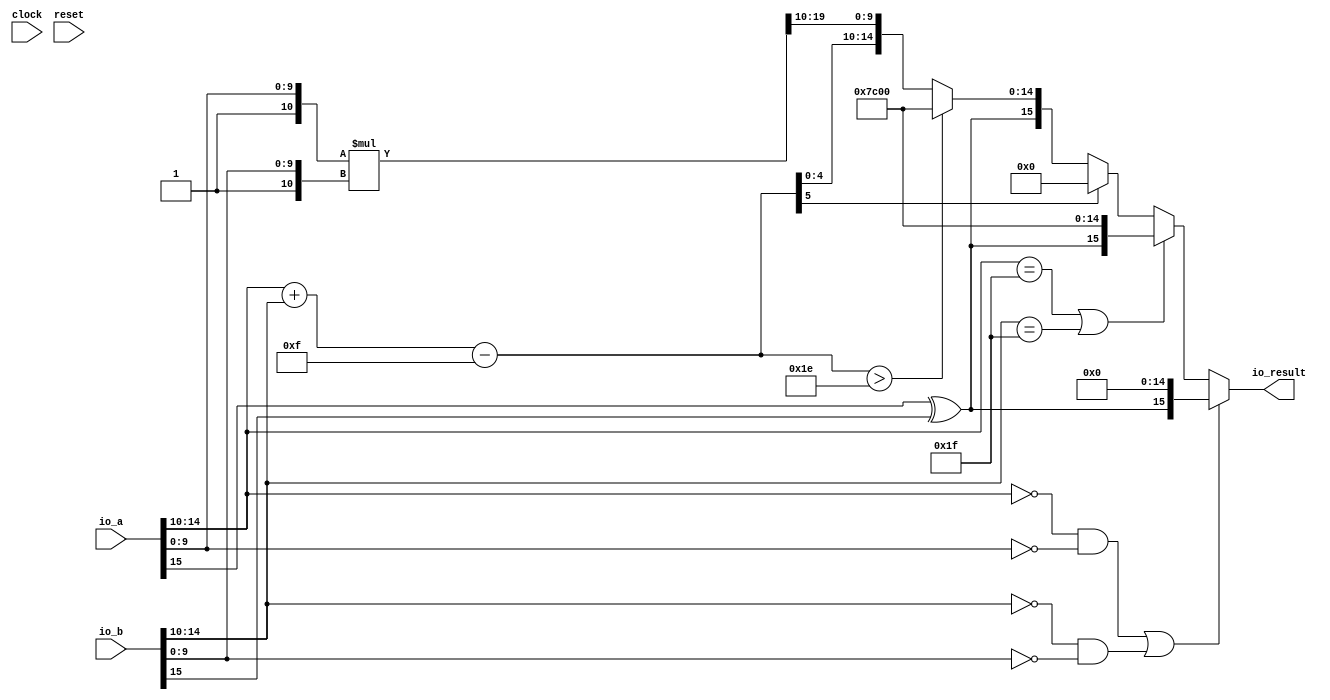
// This program was cloned from: https://github.com/wilfredkisku/CHISEL3-PROJECTS
// License: The Unlicense

module FP16Multiplier(
  input         clock,
  input         reset,
  input  [15:0] io_a,
  input  [15:0] io_b,
  output [15:0] io_result
);
  wire  signA = io_a[15]; // @[FloatingPointMultiply.scala 13:18]
  wire [4:0] expA = io_a[14:10]; // @[FloatingPointMultiply.scala 14:22]
  wire [10:0] sigA = {1'h1,io_a[9:0]}; // @[Cat.scala 33:92]
  wire  signB = io_b[15]; // @[FloatingPointMultiply.scala 13:18]
  wire [4:0] expB = io_b[14:10]; // @[FloatingPointMultiply.scala 14:22]
  wire [10:0] sigB = {1'h1,io_b[9:0]}; // @[Cat.scala 33:92]
  wire  newSign = signA ^ signB; // @[FloatingPointMultiply.scala 23:23]
  wire  isZeroA = expA == 5'h0 & io_a[9:0] == 10'h0; // @[FloatingPointMultiply.scala 26:30]
  wire  isZeroB = expB == 5'h0 & io_b[9:0] == 10'h0; // @[FloatingPointMultiply.scala 27:30]
  wire  isInfA = expA == 5'h1f; // @[FloatingPointMultiply.scala 28:21]
  wire  isInfB = expB == 5'h1f; // @[FloatingPointMultiply.scala 29:21]
  wire [15:0] _io_result_T = {newSign,15'h0}; // @[Cat.scala 33:92]
  wire [15:0] _io_result_T_1 = {newSign,5'h1f,10'h0}; // @[Cat.scala 33:92]
  wire [5:0] _expResult_T = {1'b0,$signed(expA)}; // @[FloatingPointMultiply.scala 41:31]
  wire [5:0] _expResult_T_1 = {1'b0,$signed(expB)}; // @[FloatingPointMultiply.scala 41:45]
  wire [5:0] _expResult_T_4 = $signed(_expResult_T) + $signed(_expResult_T_1); // @[FloatingPointMultiply.scala 41:34]
  wire [4:0] _expResult_T_5 = {1'b0,$signed(4'hf)}; // @[FloatingPointMultiply.scala 41:65]
  wire [5:0] _GEN_4 = {{1{_expResult_T_5[4]}},_expResult_T_5}; // @[FloatingPointMultiply.scala 41:48]
  wire [5:0] expResult = $signed(_expResult_T_4) - $signed(_GEN_4); // @[FloatingPointMultiply.scala 41:75]
  wire [21:0] _sigResult_T = sigA * sigB; // @[FloatingPointMultiply.scala 42:27]
  wire [11:0] sigResult = _sigResult_T[21:10]; // @[FloatingPointMultiply.scala 42:34]
  wire [15:0] _io_result_T_5 = {newSign,expResult[4:0],sigResult[9:0]}; // @[Cat.scala 33:92]
  wire [15:0] _GEN_0 = expResult > 6'h1e ? _io_result_T_1 : _io_result_T_5; // @[FloatingPointMultiply.scala 48:40 50:17 53:17]
  wire [15:0] _GEN_1 = expResult[5] ? 16'h0 : _GEN_0; // @[FloatingPointMultiply.scala 45:24 47:17]
  wire [15:0] _GEN_2 = isInfA | isInfB ? _io_result_T_1 : _GEN_1; // @[FloatingPointMultiply.scala 36:32 38:15]
  assign io_result = isZeroA | isZeroB ? _io_result_T : _GEN_2; // @[FloatingPointMultiply.scala 33:28 35:15]
endmodule